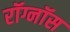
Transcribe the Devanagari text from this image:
रॉग्नॉस